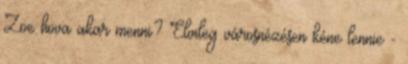
Zoe hova akar menni? Elvileg városnézésen kéne lennie -